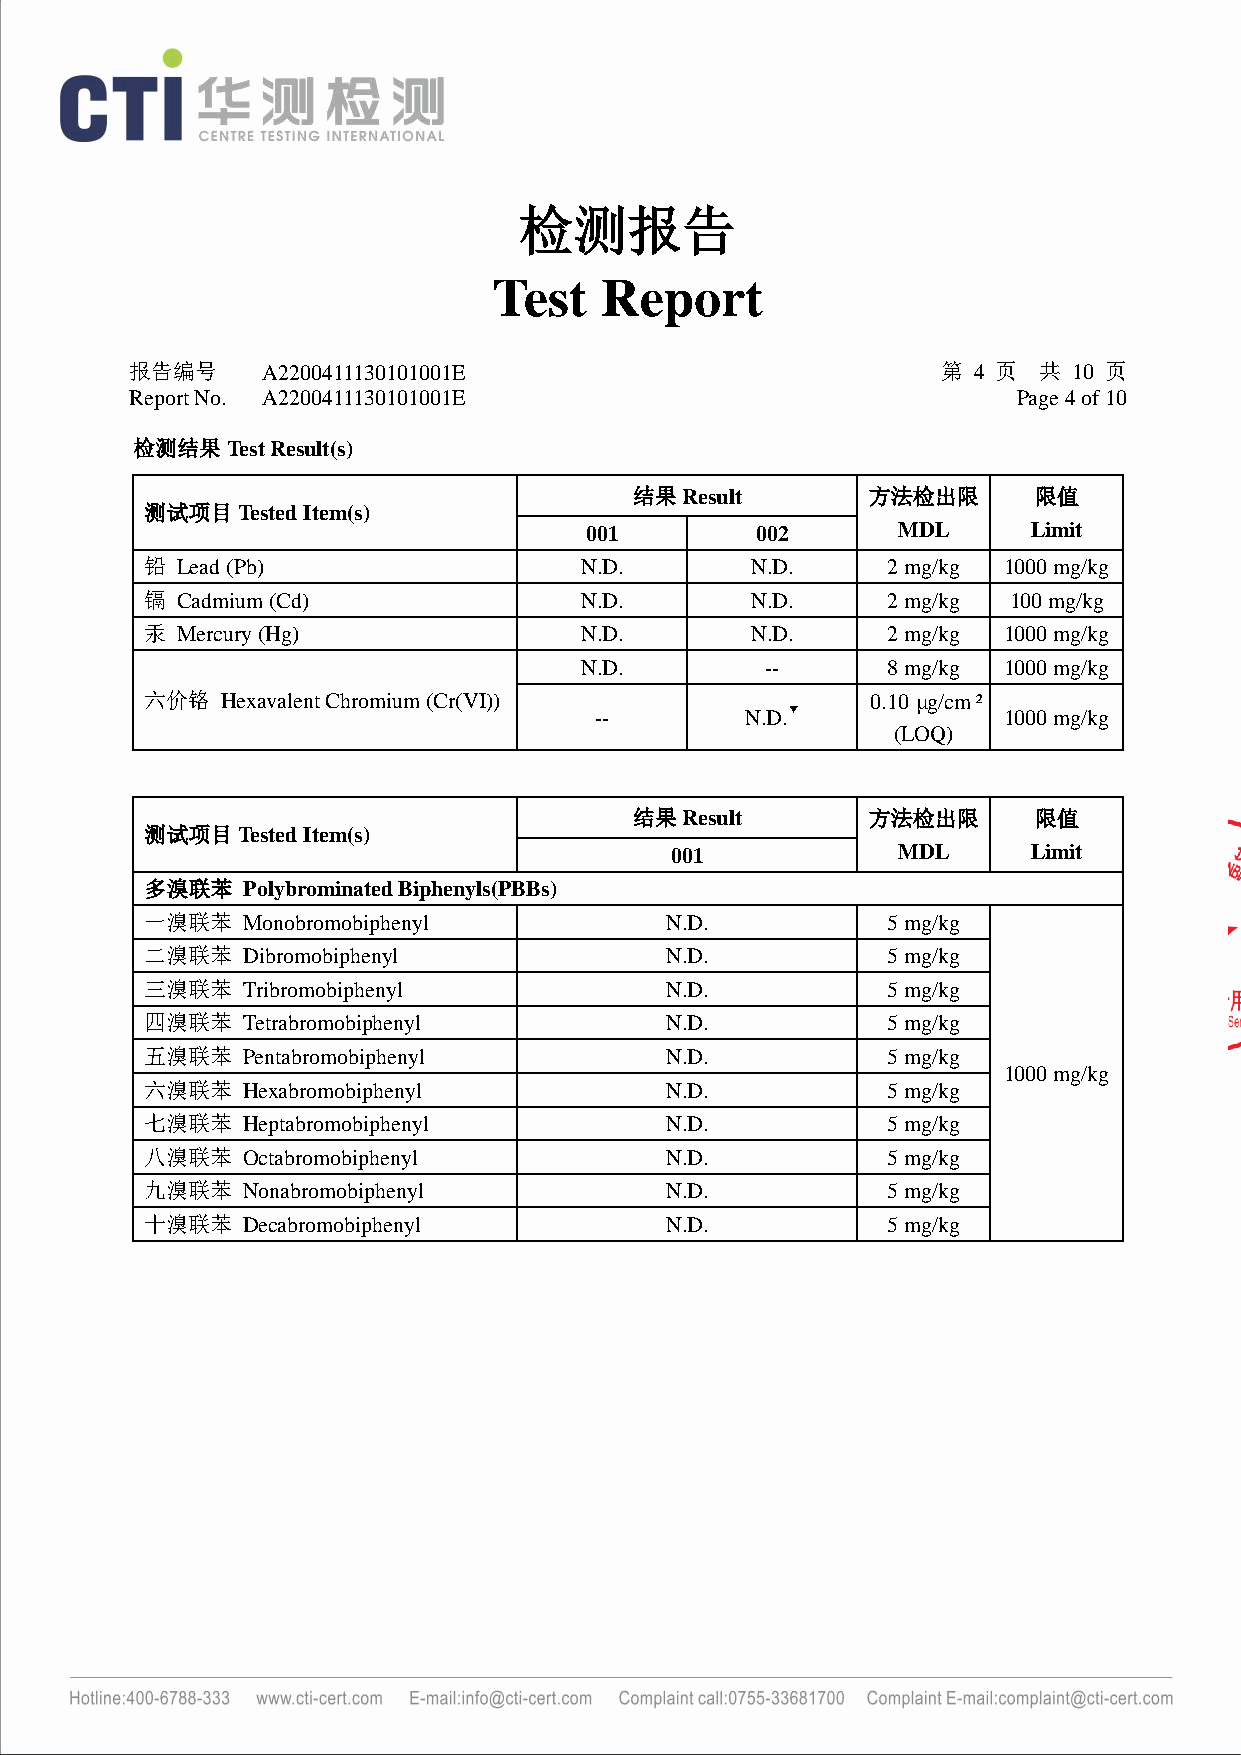
检测报告
 Test   Report
 报告编号    A2200411130101001E                           第 4 页  共 10 页
 Report No. A2200411130101001E                             Page 4 of 10
 检测结果Test Result(s)
 结果Result       方法检出限      限值
 测试项目Tested Item(s)
 001        002      MDL      Limit
 铅 Lead (Pb)                 N.D.        N.D.     2 mg/kg 1000 mg/kg
 镉 Cadmium (Cd)              N.D.        N.D.     2 mg/kg 100 mg/kg
 汞 Mercury (Hg)              N.D.        N.D.     2 mg/kg 1000 mg/kg
 N.D.         --      8 mg/kg 1000 mg/kg
 六价铬  Hexavalent Chromium (Cr(VI))               0.10 µg/cm²
 --        N.D.▼            1000 mg/kg
 (LOQ)
 结果Result       方法检出限      限值
 测试项目Tested Item(s)
 001            MDL      Limit
 多溴联苯  Polybrominated Biphenyls(PBBs)
 一溴联苯  Monobromobiphenyl           N.D.           5 mg/kg
 二溴联苯  Dibromobiphenyl             N.D.           5 mg/kg
 三溴联苯  Tribromobiphenyl            N.D.           5 mg/kg
 四溴联苯  Tetrabromobiphenyl          N.D.           5 mg/kg
 五溴联苯  Pentabromobiphenyl          N.D.           5 mg/kg
 1000 mg/kg
 六溴联苯  Hexabromobiphenyl           N.D.           5 mg/kg
 七溴联苯  Heptabromobiphenyl          N.D.           5 mg/kg
 八溴联苯  Octabromobiphenyl           N.D.           5 mg/kg
 九溴联苯  Nonabromobiphenyl           N.D.           5 mg/kg
 十溴联苯  Decabromobiphenyl           N.D.           5 mg/kg